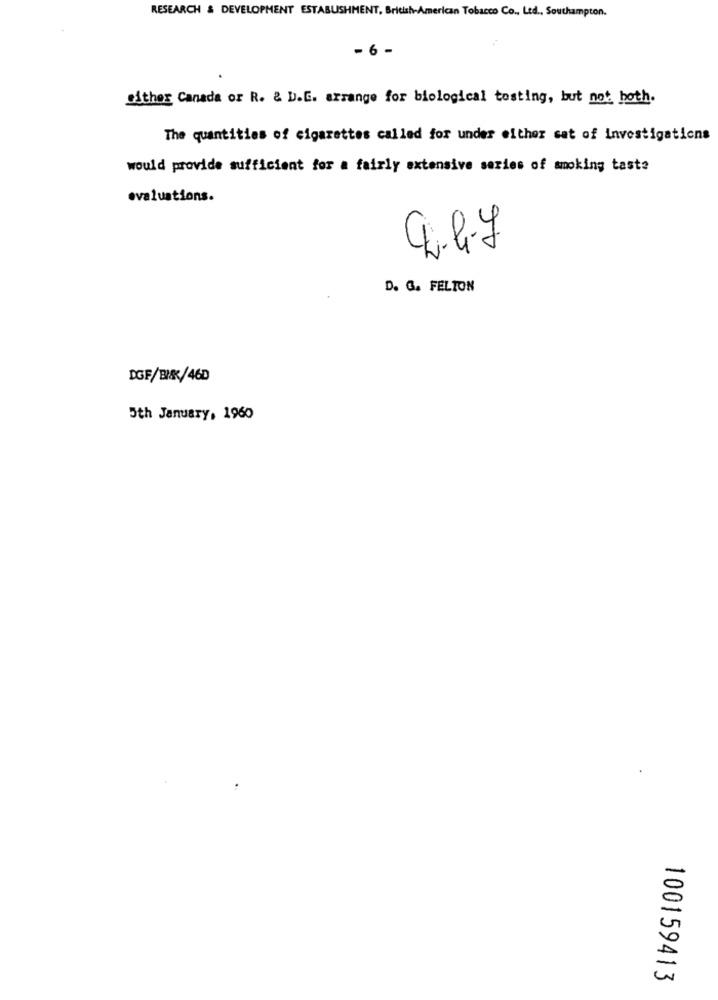
RESEARCH & DEVELOPMENT ESTABUSHMENT, British American Tobacco Co ., Ltd ., Southampton.
- 6 -
either Canada or R. & D.G. arrange for biological tosting, but not hoth.
The quantities of cigarettes called for under either set of investigations
would provide sufficient for a fairly extensive series of smoking taste
evaluations.
50
D. G. FELTON
DGF/BIK/460
5th January, 1960
100159413